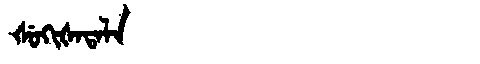
Manchu: ᡧᡠᡴᡳᡧᠠᡨᠠᠯᠠ
Romanization: ŠUKIŠATALA